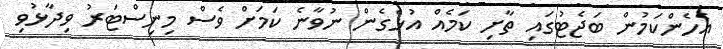
އެހެންކަމުން ބަޖެޓުގައި ތާށި ކަމެއް އުޅެގެން ނުވާނެ ކަމަށް ވެސް މިނިސްޓަރު ވިދާޅުވި